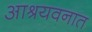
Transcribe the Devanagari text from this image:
आश्रयवनात